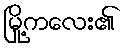
မြို့ကလေး၏